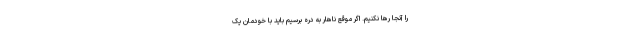
را آنجا رها نکنیم. اگر موقع ناهار به دره برسیم باید با خودمان یک‌